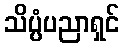
သိပ္ပံပညာရှင်